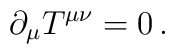
\partial_{\mu}T^{\mu\nu}=0 \,.